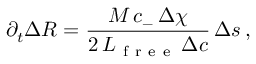
\partial _ { t } \Delta R = \frac { M \, c _ { - } \, \Delta \chi } { 2 \, L _ { \mathrm { ~ f ~ r ~ e ~ e ~ } } \, \Delta c } \, \Delta s \, ,